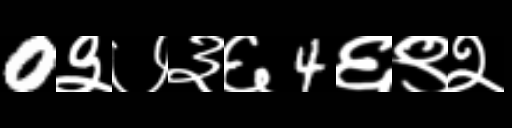
Text: 0३७३६4६९२